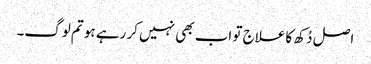
اصل دُکھ کا علاج تو اب بھی نہیں کر رہے ہو تم لوگ۔